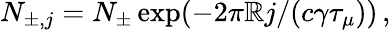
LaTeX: N_{\pm,j}=N_{\pm}\exp(-2\pi\mathbb{R}j/(c\gamma\tau_{\mu}))\, ,